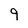
Character: 9